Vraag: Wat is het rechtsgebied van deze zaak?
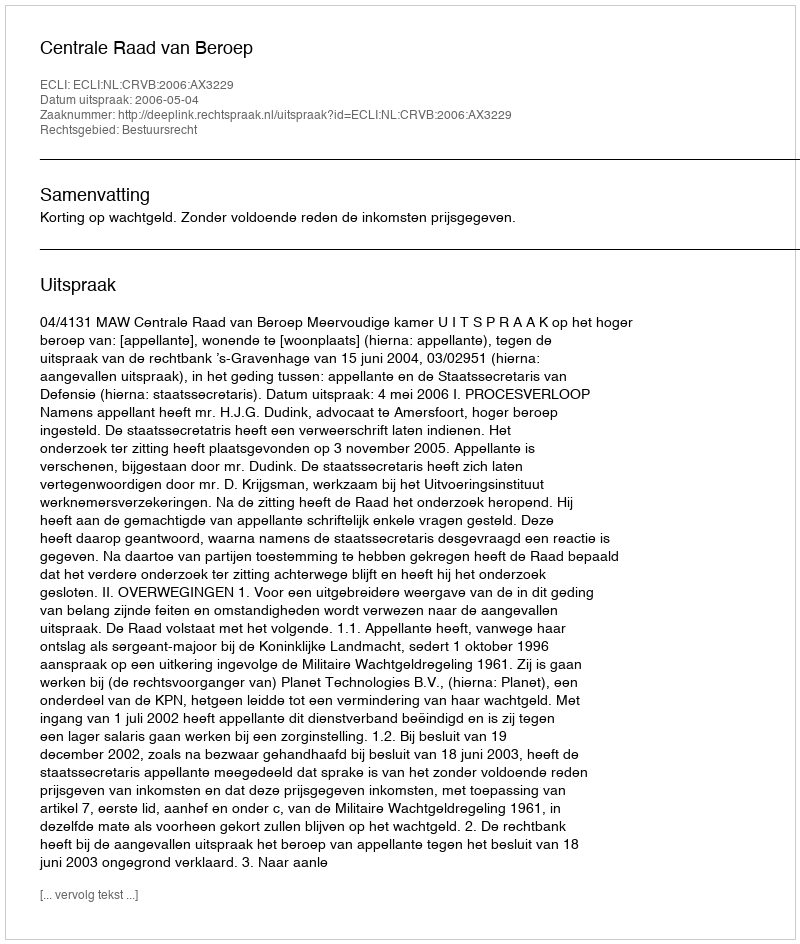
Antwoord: Bestuursrecht